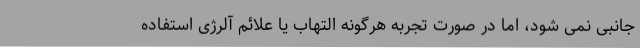
جانبی نمی شود، اما در صورت تجربه هرگونه التهاب یا علائم آلرژی استفاده